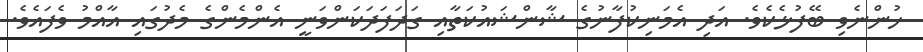
ހުންނެވި ބޭފުޅެކެވެ. އަދި އެމަނިކުފާނުގެ ޝާންޝައުކަތާއި ގަދަފަދަކަންވަނީ އެންމެންގެ މެދުގައި އާއްމު ވެފައެވެ.